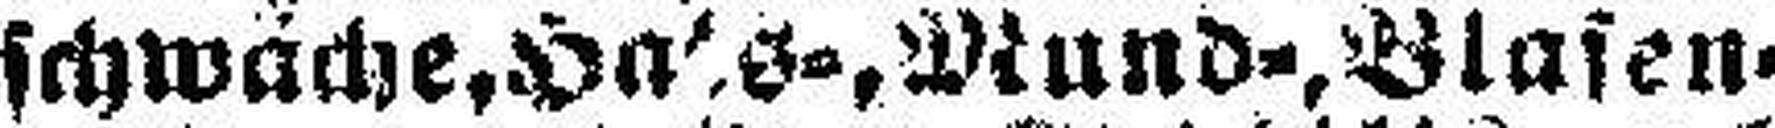
schwäche, Ha###s-, Mund-, Blasen-